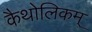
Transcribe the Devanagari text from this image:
कैथोलिकम्